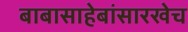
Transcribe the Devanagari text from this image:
बाबासाहेबांसारखेच